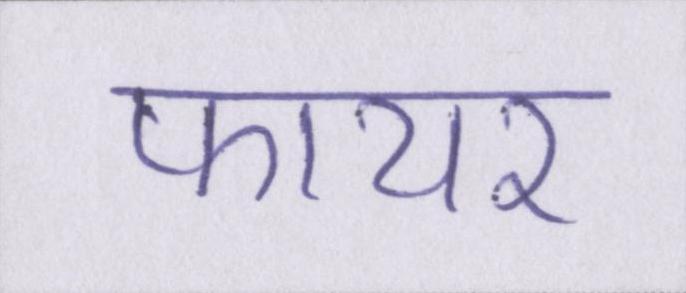
फायर